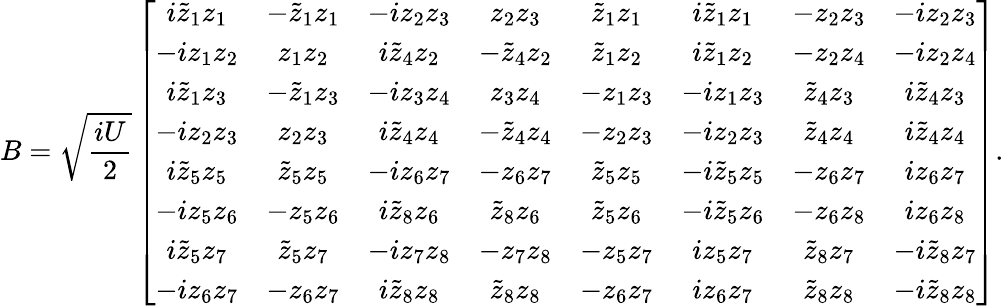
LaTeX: B=\sqrt{\frac{iU}{2}}\left[\begin{array}{cccccccc}{i\tilde{z}_{1}z_{1}}&{-\tilde{z}_{1}z_{1}}&{-iz_{2}z_{3}}&{z_{2}z_{3}}&{\tilde{z}_{1}z_{1}}&{i\tilde{z}_{1}z_{1}}&{-z_{2}z_{3}}&{-iz_{2}z_{3}}\\ {-iz_{1}z_{2}}&{z_{1}z_{2}}&{i\tilde{z}_{4}z_{2}}&{-\tilde{z}_{4}z_{2}}&{\tilde{z}_{1}z_{2}}&{i\tilde{z}_{1}z_{2}}&{-z_{2}z_{4}}&{-iz_{2}z_{4}}\\ {i\tilde{z}_{1}z_{3}}&{-\tilde{z}_{1}z_{3}}&{-iz_{3}z_{4}}&{z_{3}z_{4}}&{-z_{1}z_{3}}&{-iz_{1}z_{3}}&{\tilde{z}_{4}z_{3}}&{i\tilde{z}_{4}z_{3}}\\ {-iz_{2}z_{3}}&{z_{2}z_{3}}&{i\tilde{z}_{4}z_{4}}&{-\tilde{z}_{4}z_{4}}&{-z_{2}z_{3}}&{-iz_{2}z_{3}}&{\tilde{z}_{4}z_{4}}&{i\tilde{z}_{4}z_{4}}\\ {i\tilde{z}_{5}z_{5}}&{\tilde{z}_{5}z_{5}}&{-iz_{6}z_{7}}&{-z_{6}z_{7}}&{\tilde{z}_{5}z_{5}}&{-i\tilde{z}_{5}z_{5}}&{-z_{6}z_{7}}&{iz_{6}z_{7}}\\ {-iz_{5}z_{6}}&{-z_{5}z_{6}}&{i\tilde{z}_{8}z_{6}}&{\tilde{z}_{8}z_{6}}&{\tilde{z}_{5}z_{6}}&{-i\tilde{z}_{5}z_{6}}&{-z_{6}z_{8}}&{iz_{6}z_{8}}\\ {i\tilde{z}_{5}z_{7}}&{\tilde{z}_{5}z_{7}}&{-iz_{7}z_{8}}&{-z_{7}z_{8}}&{-z_{5}z_{7}}&{iz_{5}z_{7}}&{\tilde{z}_{8}z_{7}}&{-i\tilde{z}_{8}z_{7}}\\ {-iz_{6}z_{7}}&{-z_{6}z_{7}}&{i\tilde{z}_{8}z_{8}}&{\tilde{z}_{8}z_{8}}&{-z_{6}z_{7}}&{iz_{6}z_{7}}&{\tilde{z}_{8}z_{8}}&{-i\tilde{z}_{8}z_{8}}\end{array}\right].